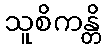
သူစိကန္တိ